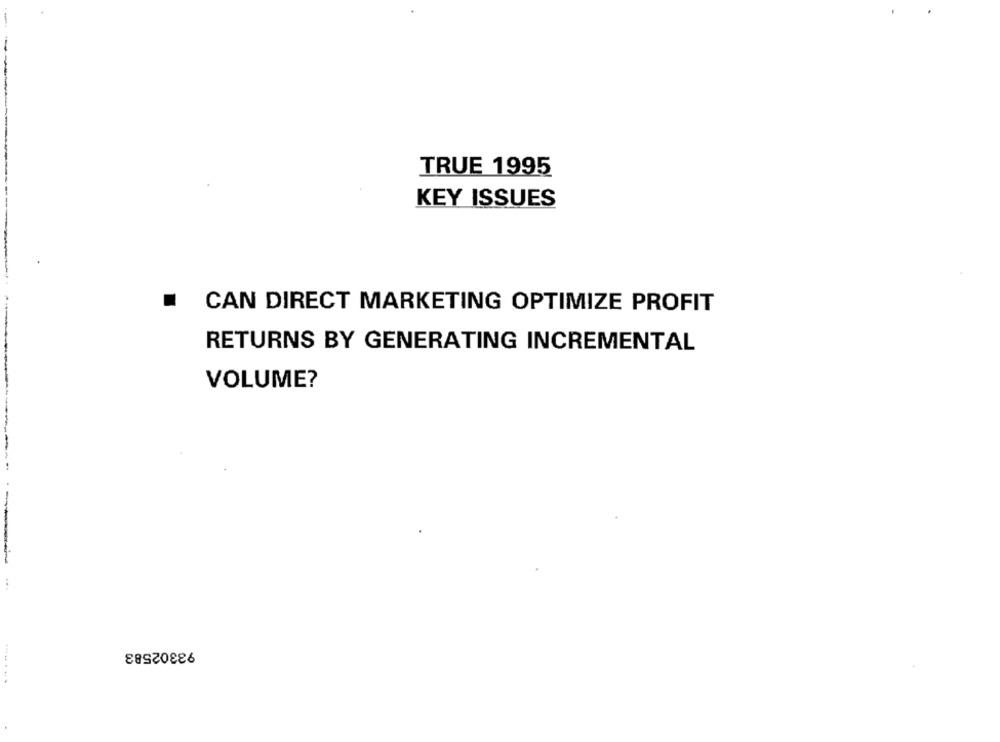
TRUE 1995
KEY ISSUES
.
CAN DIRECT MARKETING OPTIMIZE PROFIT
RETURNS BY GENERATING INCREMENTAL
VOLUME?
93302583